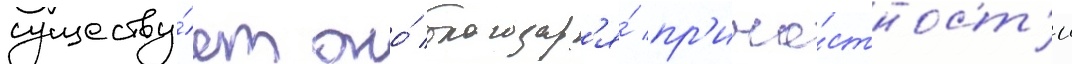
существу́ет оно́ благодар'я́ пр'ича́стност'и